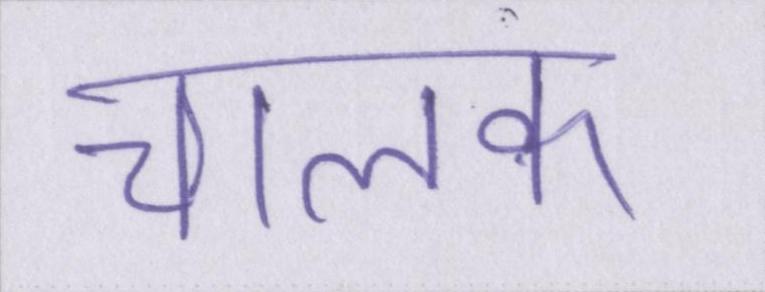
चालक